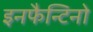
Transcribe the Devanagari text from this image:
इनफैन्टिनो